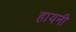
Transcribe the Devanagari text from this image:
हायनी